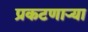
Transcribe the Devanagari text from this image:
प्रकटणाऱ्या